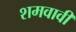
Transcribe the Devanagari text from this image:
शमवावी